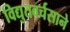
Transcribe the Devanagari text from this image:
विद्युतवर्चसाने